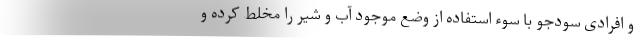
و افرادی سودجو با سوء استفاده از وضع موجود آب و شیر را مخلط کرده و